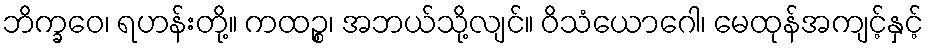
ဘိက္ခဝေ၊ ရဟန်းတို့။ ကထဉ္စ၊ အဘယ်သို့လျင်။ ဝိသံယောဂေါ၊ မေထုန်အကျင့်နှင့်